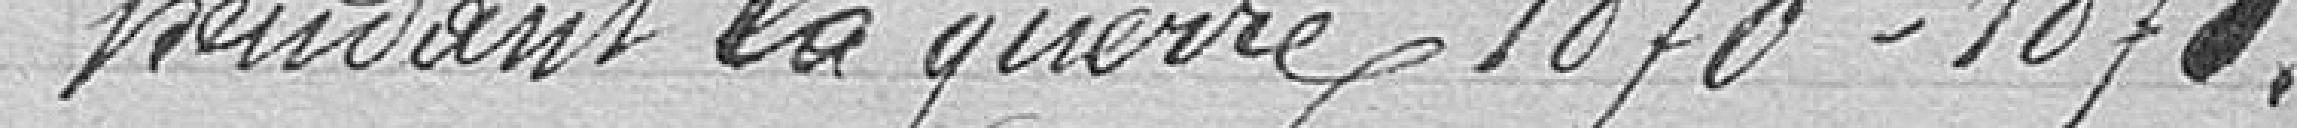
pendant la guerre 1870-1871